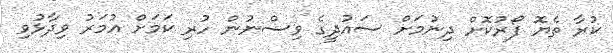
ކުރާ ތެޔޮ ފޯރުކޮށް ދިނުމަށް ސައުދީގެ ވިސްނުން ހުރި ކަމަށް އުމަރު ވިދާޅުވި